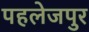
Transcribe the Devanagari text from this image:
पहलेजपुर